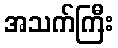
အသက်ကြီး